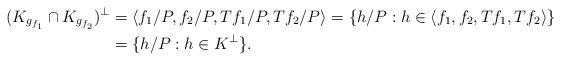
LaTeX: \begin{align*}(K_{g_{f_1}} \cap K_{g_{f_2}})^\perp &= \langle f_1/P, f_2/P, Tf_1/P, Tf_2/P \rangle = \{ h/P : h \in \langle f_1, f_2, Tf_1, Tf_2 \rangle \} \\&= \{ h/P: h \in K^\perp \}.\end{align*}